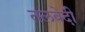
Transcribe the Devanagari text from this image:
तलवेदी